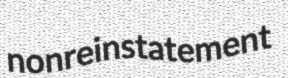
nonreinstatement